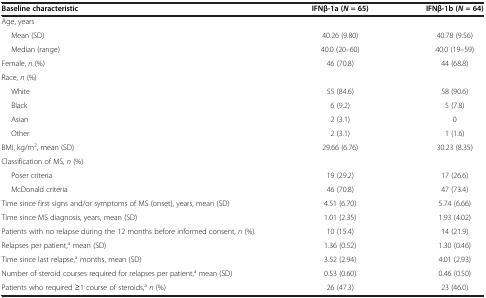
<table><thead><tr><td><b>Baseline characteristic</b></td><td><b>IFNβ-1a (<i>N </i>= 65)</b></td><td><b>IFNβ-1b (<i>N </i>= 64)</b></td></tr></thead><tbody><tr><td>Age, years</td><td> </td><td> </td></tr><tr><td>Mean (SD)</td><td>40.26 (9.80)</td><td>40.78 (9.56)</td></tr><tr><td>Median (range)</td><td>40.0 (20–60)</td><td>40.0 (19–59)</td></tr><tr><td>Female, <i>n</i> (%)</td><td>46 (70.8)</td><td>44 (68.8)</td></tr><tr><td>Race, <i>n</i> (%)</td><td> </td><td> </td></tr><tr><td>White</td><td>55 (84.6)</td><td>58 (90.6)</td></tr><tr><td>Black</td><td>6 (9.2)</td><td>5 (7.8)</td></tr><tr><td>Asian</td><td>2 (3.1)</td><td>0</td></tr><tr><td>Other</td><td>2 (3.1)</td><td>1 (1.6)</td></tr><tr><td>BMI, kg/m<sup>2</sup>, mean (SD)</td><td>29.66 (6.76)</td><td>30.23 (8.35)</td></tr><tr><td>Classification of MS, <i>n</i> (%)</td><td> </td><td> </td></tr><tr><td>Poser criteria</td><td>19 (29.2)</td><td>17 (26.6)</td></tr><tr><td>McDonald criteria</td><td>46 (70.8)</td><td>47 (73.4)</td></tr><tr><td>Time since first signs and/or symptoms of MS (onset), years, mean (SD)</td><td>4.51 (6.70)</td><td>5.74 (6.66)</td></tr><tr><td>Time since MS diagnosis, years, mean (SD)</td><td>1.01 (2.35)</td><td>1.93 (4.02)</td></tr><tr><td>Patients with no relapse during the 12 months before informed consent, <i>n</i> (%)</td><td>10 (15.4)</td><td>14 (21.9)</td></tr><tr><td>Relapses per patient,<sup>a</sup> mean (SD)</td><td>1.36 (0.52)</td><td>1.30 (0.46)</td></tr><tr><td>Time since last relapse,<sup>a</sup> months, mean (SD)</td><td>3.52 (2.94)</td><td>4.01 (2.93)</td></tr><tr><td>Number of steroid courses required for relapses per patient,<sup>a</sup> mean (SD)</td><td>0.53 (0.60)</td><td>0.46 (0.50)</td></tr><tr><td>Patients who required ≥1 course of steroids,<sup>a</sup><i>n</i> (%)</td><td>26 (47.3)</td><td>23 (46.0)</td></tr></tbody></table>